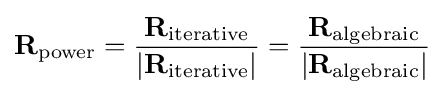
\mathbf {R} _{\textrm {power}}={\frac {\mathbf {R} _{\textrm {iterative}}}{|\mathbf {R} _{\textrm {iterative}}|}}={\frac {\mathbf {R} _{\textrm {algebraic}}}{|\mathbf {R} _{\textrm {algebraic}}|}}